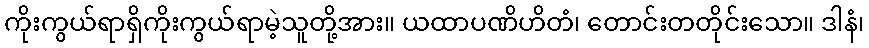
ကိုးကွယ်ရာရှိကိုးကွယ်ရာမဲ့သူတို့အား။ ယထာပဏိဟိတံ၊ တောင်းတတိုင်းသော။ ဒါနံ၊